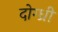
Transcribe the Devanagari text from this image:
दोग्ध्री